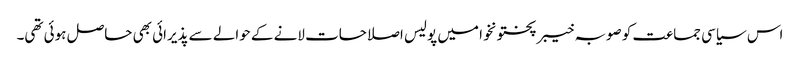
اس سیاسی جماعت کو صوبہ خیبر پختونخوا میں پولیس اصلاحات لانے کے حوالے سے پذیرائی بھی حاصل ہوئی تھی۔